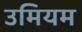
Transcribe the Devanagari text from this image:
उमियम